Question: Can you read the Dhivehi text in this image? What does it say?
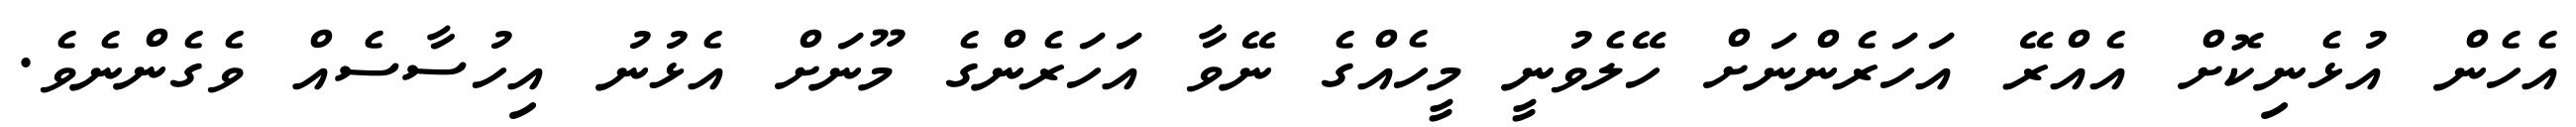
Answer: އެހެން އުޅެނިކޮށް އެއްރޭ އަހަރެންނަށް ހޭލެވުނީ މީހެއްގެ ނޭވާ އަހަރެންގެ މޫނަށް އެޅުނު އިހުސާސެއް ވެގެންނެވެ.